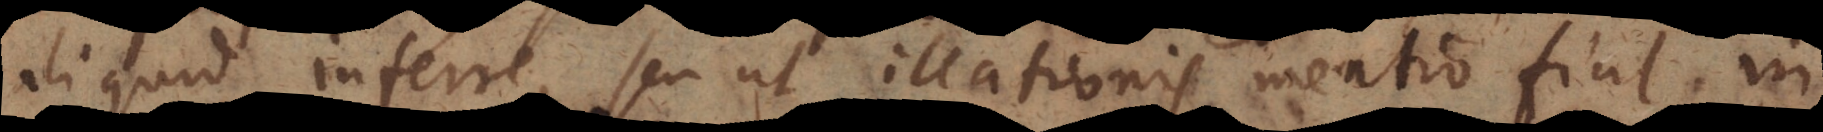
aliquid inferre, seu ut illationis mentio fiat in